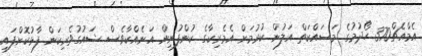
އެމްއެޗް370 ހޯދުމުގެ މަސައްކަތް އަލުން ކުރުމަށް އެމެރިކާގެ ކުންފުނިން އަނެއްކާވެސް ޝައުގުވެރިކަން ފާޅުކޮށްފައި